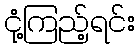
ငုံ့ကြည့်ရင်း